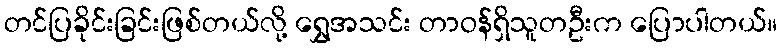
တင်ပြခိုင်းခြင်းဖြစ်တယ်လို့ ရွှေအသင်း တာဝန်ရှိသူတဦးက ပြောပါတယ်။